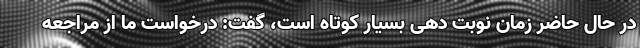
در حال حاضر زمان نوبت دهی بسیار کوتاه است، گفت: درخواست ما از مراجعه